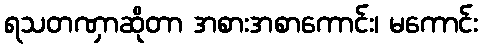
ရသတဏှာဆိုတာ အစားအစာကောင်း၊ မကောင်း